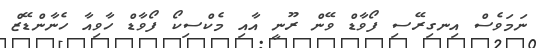
ނަމަވެސް އިނގިރޭސި ފޯވާޑް ވޭން ރޫނީ އާއި މެކްސިކޯ ފޯވާޑް ހާވިއާ ހެނާންޑޭޒް